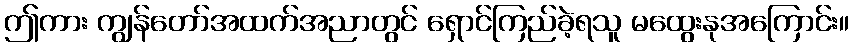
ဤကား ကျွန်တော်အထက်အညာတွင် ရှောင်ကြည်ခဲ့ရသူ မထွေးနုအကြောင်း။